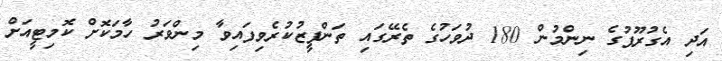
އަދި އެގުރޫޕުގެ ނިންމުން 180 ދުވަހުގެ ތެރޭގައި ތަންފީޒުކުރެވިފައިވާ މިންވަރު ހާމަކޮށް ކޮމިޓީއަށް